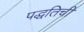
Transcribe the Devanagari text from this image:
पद्धतिची